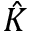
\hat { K }